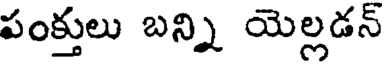
పంక్తులు బన్ని యెల్లడన్